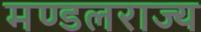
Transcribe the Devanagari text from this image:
मण्डलराज्य